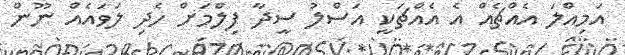
އަމިއްލަ އެއްޗެއް އެ އެއްޗަކީ އަސްލު ސީދާ ފިލްމަށް ހެދި ލަވައެއް ނޫން